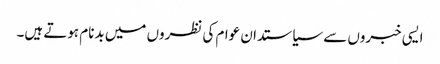
ایسی خبروں سے سیاستدان عوام کی نظروں میں بدنام ہوتے ہیں۔